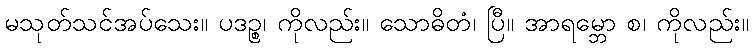
မသုတ်သင်အပ်သေး။ ပဒဉ္စ၊ ကိုလည်း။ သောဓိတံ၊ ပြီ။ အာရမ္ဘော စ၊ ကိုလည်း။